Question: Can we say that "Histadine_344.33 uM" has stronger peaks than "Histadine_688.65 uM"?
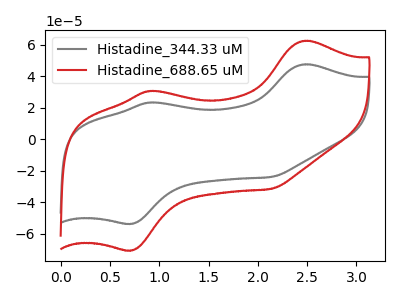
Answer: <think>The gray curve "Histadine_344.33 uM" has anodic peaks at (2.50V, 47.60uA) (0.90V, 23.35uA) and cathodic peaks at (0.70V, -53.80uA) (2.15V, -24.00uA). The red curve "Histadine_688.65 uM" has anodic peaks at (2.50V, 62.55uA) (0.90V, 30.70uA) and cathodic peaks at (0.70V, -70.70uA) (2.15V, -31.55uA).</think>
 <answer>Every peak in "Histadine_344.33 uM" is lower than every peak in "Histadine_688.65 uM".</answer>
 <eval>lower</eval>